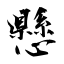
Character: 懸